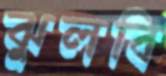
ঝুলবি